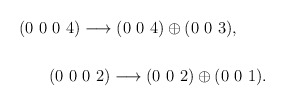
\begin{align*}(0~0~0~4) \longrightarrow (0~0~4) \oplus (0~0~3),~~~~~\\\\(0~0~0~2) \longrightarrow (0~0~2) \oplus (0~0~1).\end{align*}